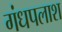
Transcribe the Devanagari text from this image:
गंधपलाश